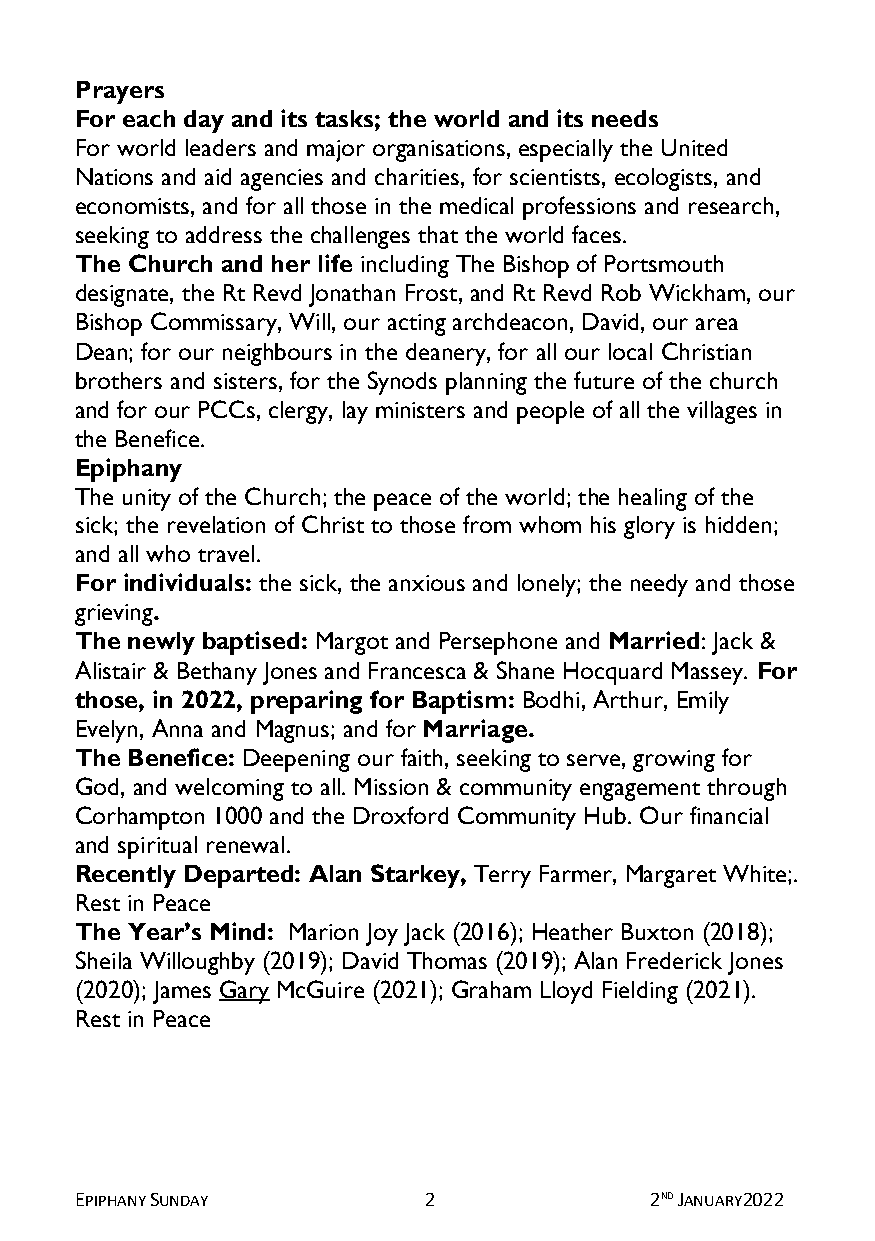
Prayers
 For each day and its tasks; the world and its needs
 For world leaders and major organisations, especially the United
 Nations and aid agencies and charities, for scientists, ecologists, and
 economists, and for all those in the medical professions and research,
 seeking to address the challenges that the world faces.
 The Church and her life including The Bishop of Portsmouth
 designate, the Rt Revd Jonathan Frost, and Rt Revd Rob Wickham, our
 Bishop Commissary, Will, our acting archdeacon, David, our area
 Dean; for our neighbours in the deanery, for all our local Christian
 brothers and sisters, for the Synods planning the future of the church
 and for our PCCs, clergy, lay ministers and people of all the villages in
 the Benefice.
 Epiphany
 The unity of the Church; the peace of the world; the healing of the
 sick; the revelation of Christ to those from whom his glory is hidden;
 and all who travel.
 For individuals: the sick, the anxious and lonely; the needy and those
 grieving.
 The newly baptised: Margot and Persephone and Married: Jack &
 Alistair & Bethany Jones and Francesca & Shane Hocquard Massey. For
 those, in 2022, preparing for Baptism: Bodhi, Arthur, Emily
 Evelyn, Anna and Magnus; and for Marriage.
 The Benefice: Deepening our faith, seeking to serve, growing for
 God, and welcoming to all. Mission & community engagement through
 Corhampton 1000 and the Droxford Community Hub. Our financial
 and spiritual renewal.
 Recently Departed: Alan Starkey, Terry Farmer, Margaret White;.
 Rest in Peace
 The Year’s Mind: Marion Joy Jack (2016); Heather Buxton (2018);
 Sheila Willoughby (2019); David Thomas (2019); Alan Frederick Jones
 (2020); James Gary McGuire (2021); Graham Lloyd Fielding (2021).
 Rest in Peace
 EPIPHANY SUNDAY        2              2ND JANUARY2022